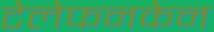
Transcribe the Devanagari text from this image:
टेलेफनकेन